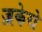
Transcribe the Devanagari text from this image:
ज़केरो